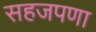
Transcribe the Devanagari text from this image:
सहजपणा